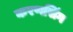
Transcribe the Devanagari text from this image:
करणसिंग